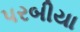
પરબીયા